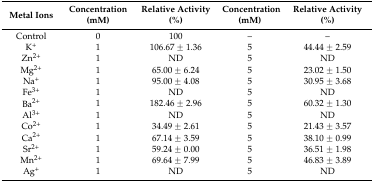
<table><thead><tr><td><b>Metal Ions</b></td><td><b>Concentration (mM)</b></td><td><b>Relative Activity (%)</b></td><td><b>Concentration (mM)</b></td><td><b>Relative Activity (%)</b></td></tr></thead><tbody><tr><td>Control</td><td>0</td><td>100</td><td>–</td><td>–</td></tr><tr><td>K<sup>+</sup></td><td>1</td><td>106.67 ± 1.36</td><td>5</td><td>44.44 ± 2.59</td></tr><tr><td>Zn<sup>2+</sup></td><td>1</td><td>ND</td><td>5</td><td>ND</td></tr><tr><td>Mg<sup>2+</sup></td><td>1</td><td>65.00 ± 6.24</td><td>5</td><td>23.02 ± 1.50</td></tr><tr><td>Na<sup>+</sup></td><td>1</td><td>95.00 ± 4.08</td><td>5</td><td>30.95 ± 3.68</td></tr><tr><td>Fe<sup>3+</sup></td><td>1</td><td>ND</td><td>5</td><td>ND</td></tr><tr><td>Ba<sup>2+</sup></td><td>1</td><td>182.46 ± 2.96</td><td>5</td><td>60.32 ± 1.30</td></tr><tr><td>Al<sup>3+</sup></td><td>1</td><td>ND</td><td>5</td><td>ND</td></tr><tr><td>Co<sup>2+</sup></td><td>1</td><td>34.49 ± 2.61</td><td>5</td><td>21.43 ± 3.57</td></tr><tr><td>Ca<sup>2+</sup></td><td>1</td><td>67.14 ± 3.59</td><td>5</td><td>38.10 ± 0.99</td></tr><tr><td>Sr<sup>2+</sup></td><td>1</td><td>59.24 ± 0.00</td><td>5</td><td>36.51 ± 1.98</td></tr><tr><td>Mn<sup>2+</sup></td><td>1</td><td>69.64 ± 7.99</td><td>5</td><td>46.83 ± 3.89</td></tr><tr><td>Ag<sup>+</sup></td><td>1</td><td>ND</td><td>5</td><td>ND</td></tr></tbody></table>